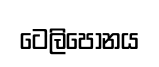
ටෙලිපෝනය